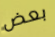
بعض